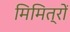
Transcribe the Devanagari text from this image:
मिमित्रों